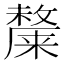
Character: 𭤎